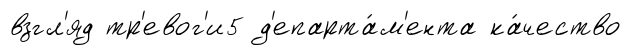
взгл'яд тр'евог'и5 д'епарта́м'ента ка́чество